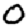
Digit: 0